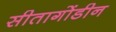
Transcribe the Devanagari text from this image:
सीतागोंडीन